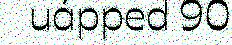
uápped 90